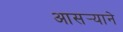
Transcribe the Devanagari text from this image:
आसर्‍याने